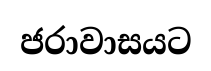
ජරාවාසයට